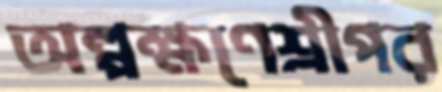
অল্পক্ষণেশ্রীপর